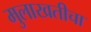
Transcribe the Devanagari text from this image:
मुलाखतीचा